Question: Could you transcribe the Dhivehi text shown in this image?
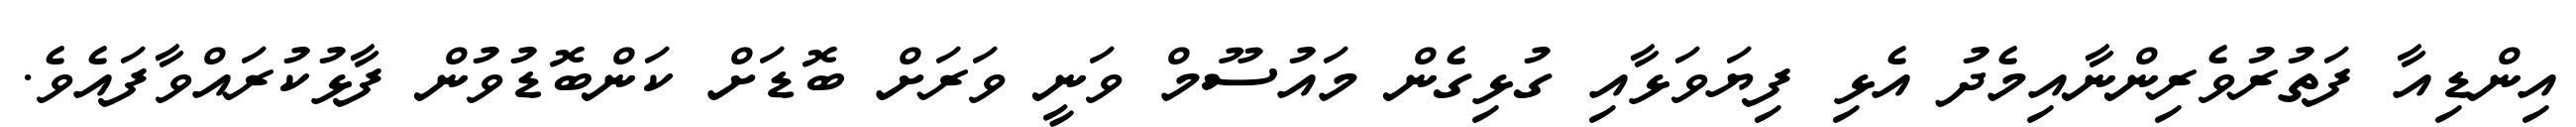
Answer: އިންޑިއާ ފަތުރުވެރިންނާއިމެދު އެޅި ފިޔަވަޅާއި ގުޅިގެން މައުސޫމް ވަނީ ވަރަށް ބޮޑަށް ކަންބޮޑުވުން ފާޅުކުރައްވާފައެވެ.